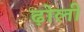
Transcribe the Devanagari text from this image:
ढ़ोली